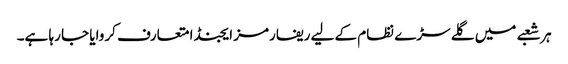
ہر شعبے میں گلے سڑے نظام کے لیے ریفارمز ایجنڈا متعارف کروایا جا رہا ہے۔